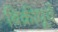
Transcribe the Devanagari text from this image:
बिक्रीपूर्व